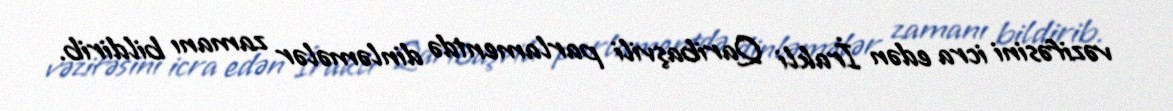
vəzifəsini icra edən İrakli Qaribaşvili parlamentdə dinləmələr zamanı bildirib.